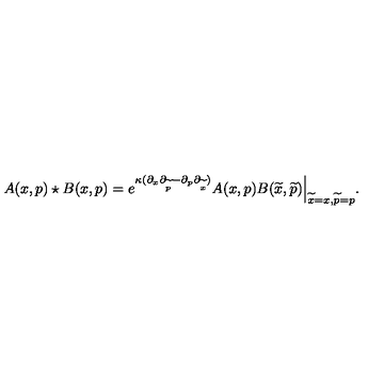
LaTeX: A ( x , p ) \star B ( x , p ) = e ^ { \kappa ( \partial _ { x } \partial _ { \widetilde { p } } { } - { } \partial _ { p } \partial _ { \widetilde { x } } ) } A ( x , p ) B ( { \widetilde { x } } , { \widetilde { p } } ) \Big | _ { { \widetilde { x } = x } , { \widetilde { p } = p } } .